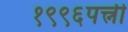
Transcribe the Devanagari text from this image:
१९९६पत्त्नी